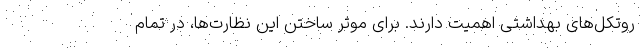
روتکل‌های بهداشتی اهمیت دارند. برای موثر ساختن این نظارت‌ها، در تمام